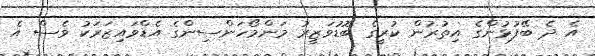
އެ ދެ ބޭފުޅުންގެ އިތުރުން ކުރީގެ ބޮޑުވަޒީރު މަންމޯހަންސިންގެ އެޑްވައިޒަރަކު ވެސް އެ